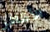
الأظافر